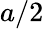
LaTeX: a/2